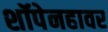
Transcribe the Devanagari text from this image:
शॉपेनहावर